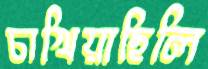
চাখিয়াছিলি